Annual administration report of the Civil Veterinary Department, Ajmere-Merwara, British Rajputana - 1914-1940
Year: 1914
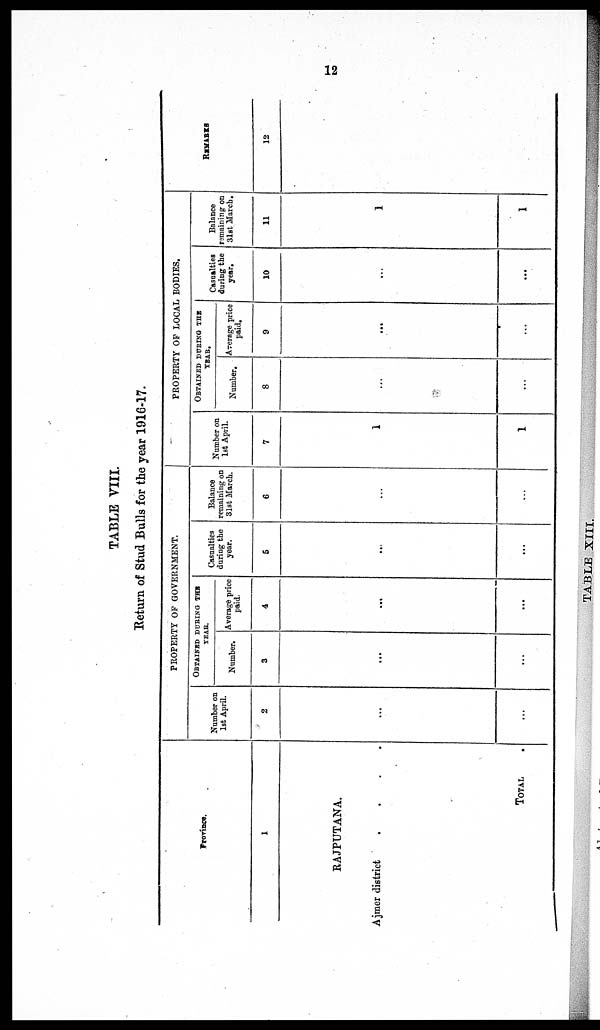
12
TABLE VIII.
Return of Stud Bulls for the year 1916-17.
Provines.
1
RAJPUTANA.
Ajmer district
.
.
.
.
TOTAL
PROPERTY OF GOVERNMENT.
Number on
1st April.
2
...
...
OBTAINED DURING THE
YEAR.
Number.
3
...
...
Average price
paid.
4
...
...
Casualties
during the
year.
5
...
...
Balance
remaining on
31st March.
6
...
...
PROPERTY OP LOCAL BODIES.
Number on
1st April.
7
1
1
OBTAINED DURING THE
YEAR.
Number.
8
...
...
Average price
paid.
9
...
...
Casualties
during the
year.
10
...
...
Balance
remaining on
31st March.
11
1
1
REMARKS
12